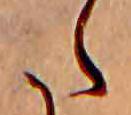
た